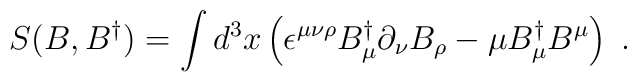
S(B,B^{\dagger })=\int d^3x\left( \epsilon ^{\mu \nu \rho }B_\mu^{\dagger }\partial _\nu B_\rho -\mu B_\mu ^{\dagger }B^\mu \right) \;.